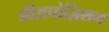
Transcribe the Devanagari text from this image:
प्रीसपोज़िशन